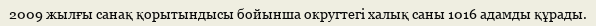
2009 жылғы санақ қорытындысы бойынша округтегі халық саны 1016 адамды құрады.